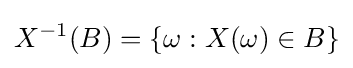
X^{-1}(B)=\{\omega :X(\omega )\in B\}